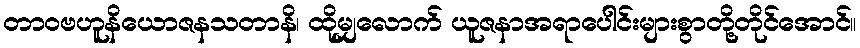
တာဝဗဟူနိယောဇနသတာနိ၊ ထိုမျှလောက် ယူဇနာအရာပေါင်းများစွာတို့တိုင်အောင်။